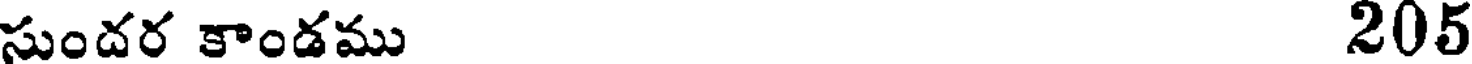
సుందర కాండము 205